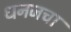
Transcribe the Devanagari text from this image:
धनजचा